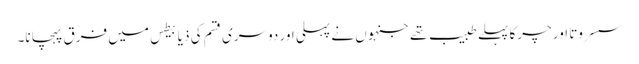
سسروتا اور چرکا پہلے طبیب تھے جنہوں نے پہلی اور دوسری قسم کی ذیابیطس میں فرق پہچانا۔